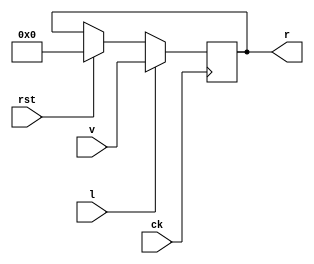
module regg(
    input ck,
    input rst,
    input [15:0] v,
    input l,
    output reg [15:0] r
);

    parameter Zero = 16'b0000000000000000;

    always @ (posedge ck) begin
        
        if(rst == 1) begin
            r = Zero;
        end

        if(l == 1) begin
            r = v;
        end
        
    end
    

endmodule